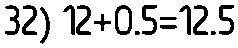
32) 12+0.5=12.5